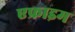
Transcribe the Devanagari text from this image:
एफ्राइम